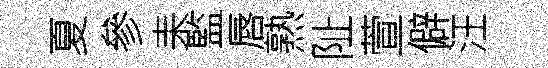
夏參耒監唇熟阯萱僻汪